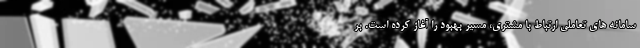
سامانه های تعاملی ارتباط با مشتری، مسیر بهبود را آغاز کرده است. بر